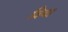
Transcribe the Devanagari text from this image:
विया